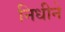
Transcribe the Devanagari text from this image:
निधीने